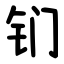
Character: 钔